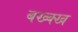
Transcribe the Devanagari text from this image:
बख्क्ख